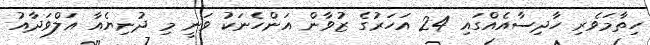
ހިތާމަވެރި ހާދިސާއެއްގައި 24 އަހަރުގެ ޒުވާން އަންހެނަކު ވަނީ މި ދުނިޔެއާ އަލްވަދާއު